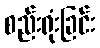
စည်းရုံးခြင်း